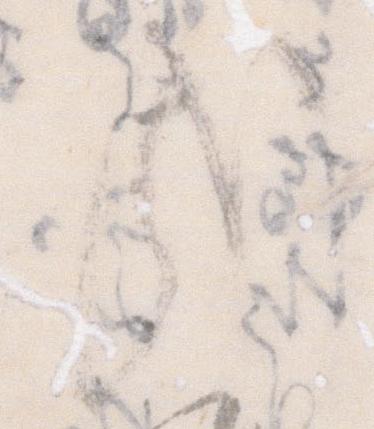
哉